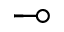
\multimap